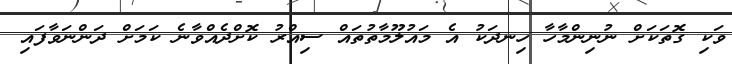
ވަކި ގޮތަކަށް ނުނިންމާހާ ހިނދަކު އެ މައުލޫމާތުތައް ސިއްރު ކޮށްދެއްވާނެ ކަމަށް ދަންނަވާފައި